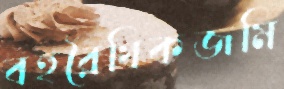
বহুরৈখিকজমি